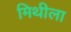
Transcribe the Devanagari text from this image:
मिथीला